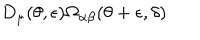
D _ { \mu } ( \theta , \epsilon ) \Omega _ { \alpha \beta } ( \theta + \epsilon , \delta )